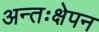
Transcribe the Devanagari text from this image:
अन्तःक्षेपन